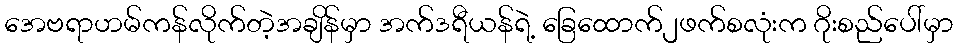
အေဗရာဟမ်ကန်လိုက်တဲ့အချိန်မှာ အက်ဒရီယန်ရဲ့ ခြေထောက်၂ဖက်စလုံးက ဂိုးစည်ပေါ်မှာ